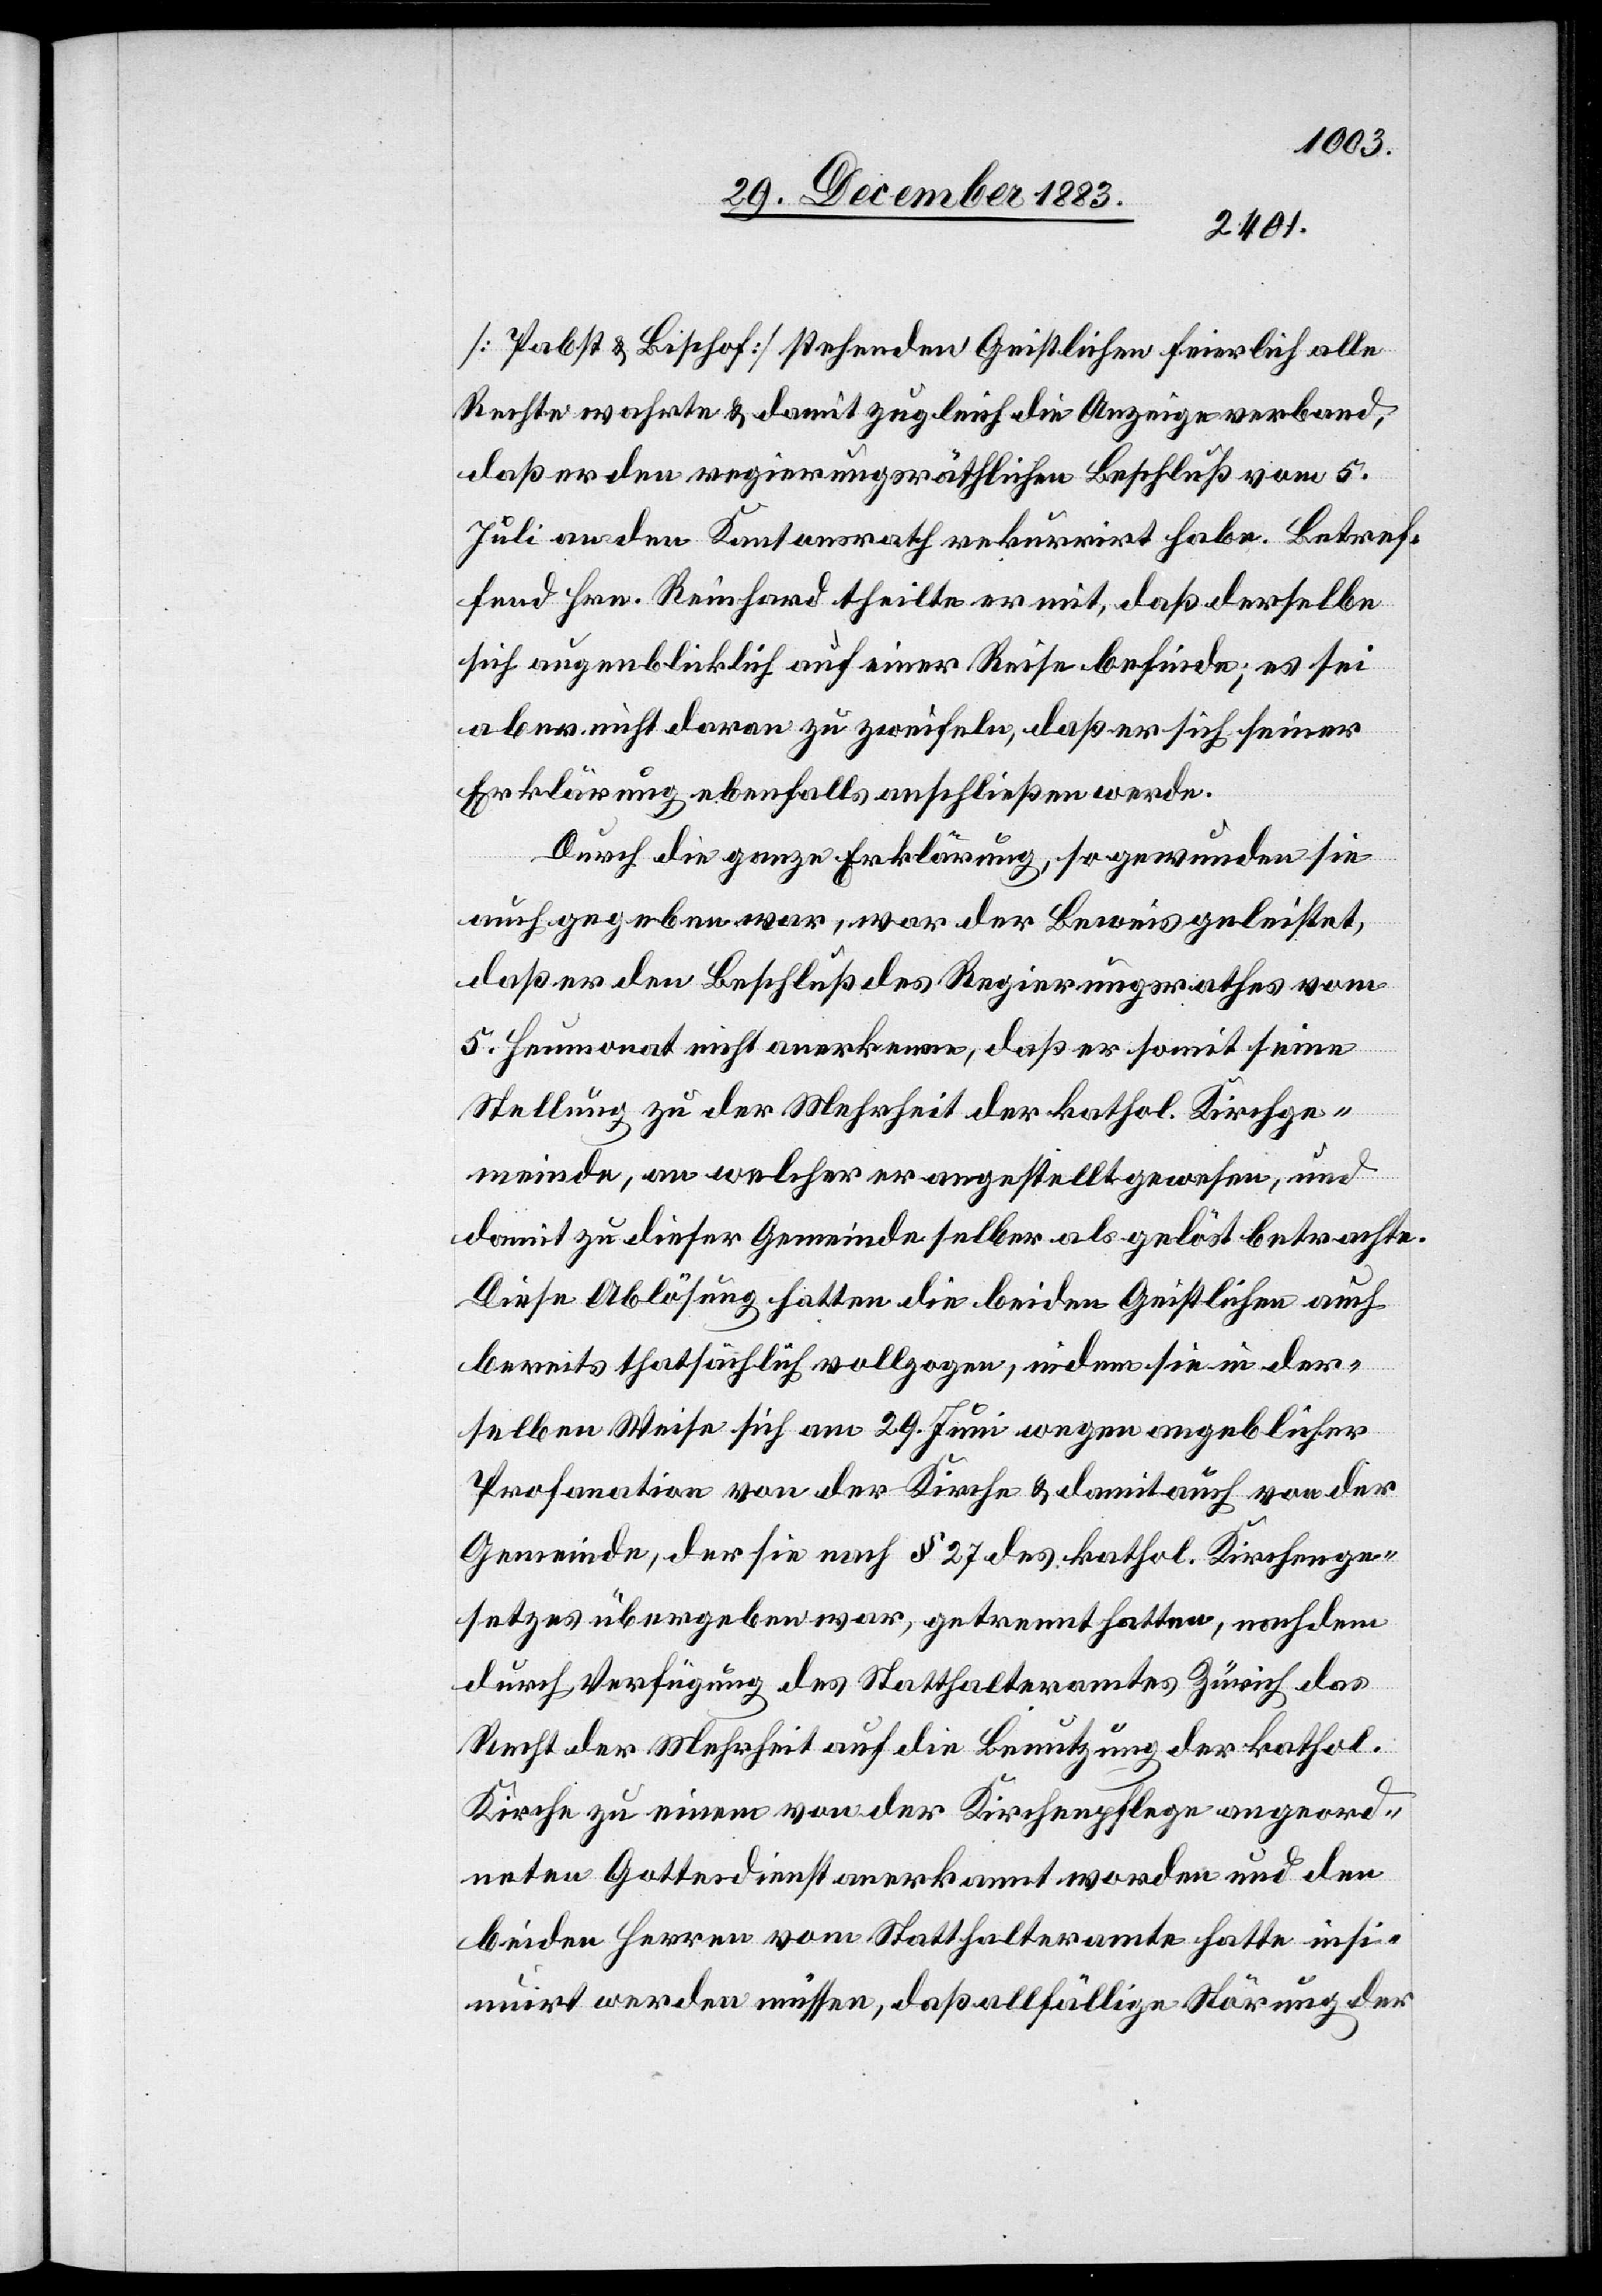
[Probst & Bischof] stehenden Geistlichen feierlich alle
Rechte wahrte & damit zugleich die Anzeige verband,
daß er den regierungsräthlichen Beschluß vom 5.
Juli an den Kantonsrath rekurrirt habe. Betref¬
fend Hrn. Reinhard theilte er mit, daß derselbe
sich augenblicklich auf einer Reise befinde; es sei
aber nicht daran zu zweifeln, daß er sich seiner
Erklärung ebenfalls anschließen werde.
Durch die ganze Erklärung, so gewunden sie
auch gegeben war, war der Beweis geleistet,
daß er den Beschluß des Regierungsrathes vom
5. Heumonat nicht anerkenne, daß er somit seine
Stellung zu der Mehrheit der kathol. Kirchge¬
meinde, an welcher er angestellt gewesen, und
damit zu dieser Gemeinde selber als gelöst betrachte.
Diese Ablösung hatten die beiden Geistlichen auch
bereits thatsächlich vollzogen, indem sie in der¬
selben Weise sich am 29. Juni wegen angeblicher
Profanation von der Kirche & damit auch der von der
Gemeinde, der sie nach § 27 des kathol. Kirchenge¬
setzes übergeben war, getrennt hatten, nach dem
durch Verfügung des Statthalteramtes Zürich das
Recht der Mehrheit auf die Benutzung der kathol.
Kirche zu einem von der Kirchenpflege angeord¬
neten Gottesdienst anerkannt worden und den
beiden Herren vom Statthalteramte hatte insi¬
nuirt werden müssen, daß allfällige Störung der